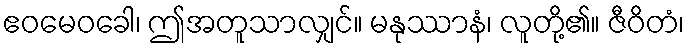
ဧဝမေဝခေါ၊ ဤအတူသာလျှင်။ မနုဿာနံ၊ လူတို့၏။ ဇီဝိတံ၊